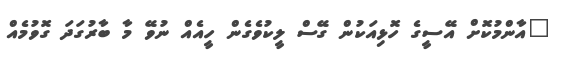
"އާންމުކޮށް އޭސީގެ ހޮޅިއަކުން ގޭސް ލީކުވެގެން ހީއެއް ނުވޭ މާ ބާރުގަދަ ގޮވުމެއް